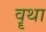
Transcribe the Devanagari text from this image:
वॄथा